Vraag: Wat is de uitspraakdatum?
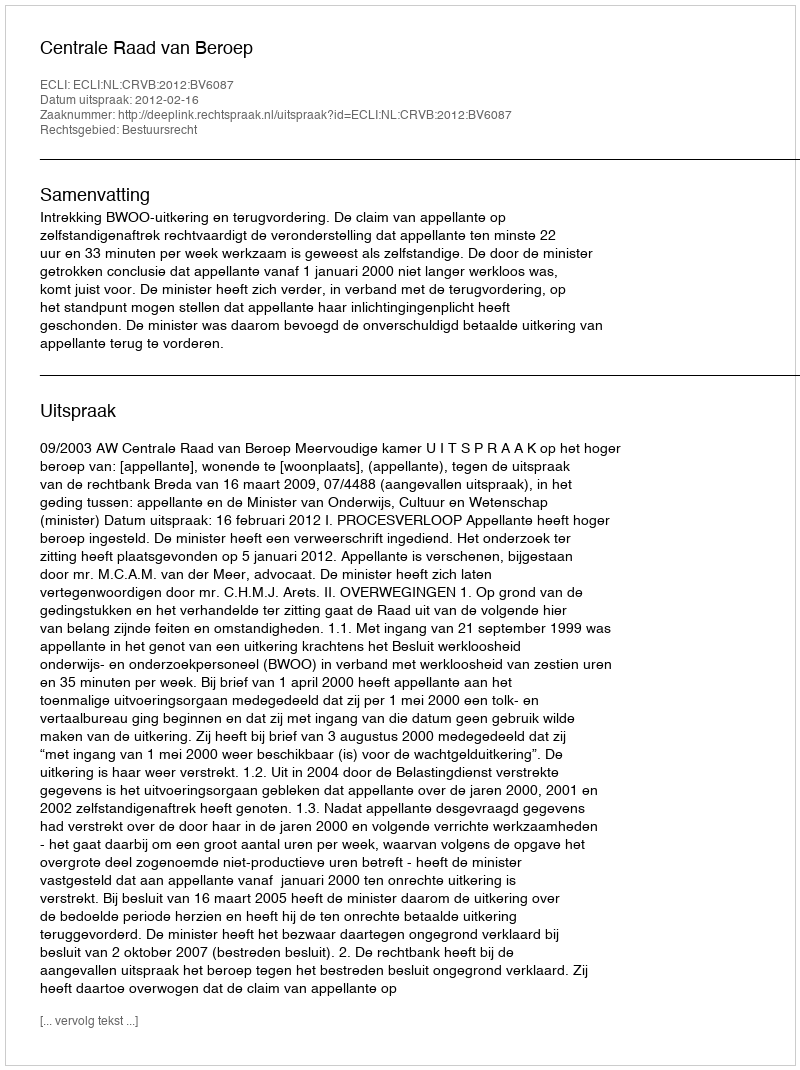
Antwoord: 2012-02-16